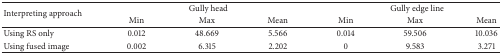
<table><thead><tr><td rowspan="2"><b>Interpreting approach</b></td><td colspan="3"><b>Gully head</b></td><td colspan="3"><b>Gully edge line</b></td></tr><tr><td><b>Min</b></td><td><b>Max</b></td><td><b>Mean</b></td><td><b>Min</b></td><td><b>Max</b></td><td><b>Mean</b></td></tr></thead><tbody><tr><td>Using RS only</td><td>0.012</td><td>48.669</td><td>5.566</td><td>0.014</td><td>59.506</td><td>10.036</td></tr><tr><td>Using fused image</td><td>0.002</td><td>6.315</td><td>2.202</td><td>0</td><td>9.583</td><td>3.271</td></tr></tbody></table>